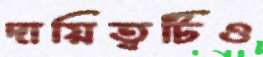
দায়িত্বটিও